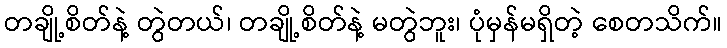
တချို့စိတ်နဲ့ တွဲတယ်၊ တချို့စိတ်နဲ့ မတွဲဘူး၊ ပုံမှန်မရှိတဲ့ စေတသိက်။